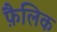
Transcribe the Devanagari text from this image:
फ़ैलिक